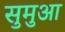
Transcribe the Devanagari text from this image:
सुमुआ